Report of the Hyderabad Chloroform Commission
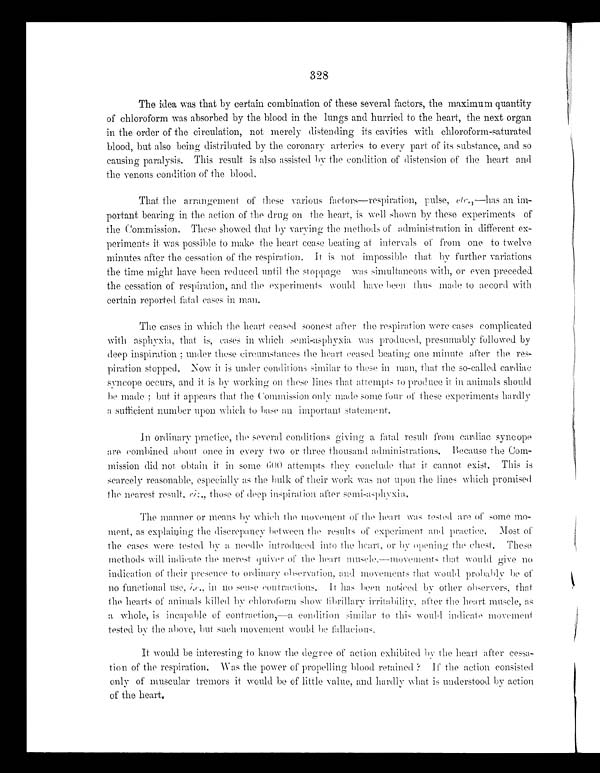
328
The idea was that by certain combination of these several factors, the maximum quantity
of chloroform was absorbed by the blood in the lungs and hurried to the heart, the next organ
in the order of the circulation, not merely distending its cavities with chloroform-saturated
blood, but also being distributed by the coronary arteries to every part of its substance, and so
causing paralysis. This result is also assisted by the condition of distension of the heart and
the venous condition of the blood.
That the arrangement of these various factors—respiration, pulse, etc.,—has an im--
portant bearing in the action of the drug on the heart, is well shown by these experiments of
the Commission. These showed that by varying the methods of administration in different ex-
- p e r i m e n t s i t w a s p o s s i b l e t o m a k e t h e h e a r t c e a s e b e a t i n g a t i n t e r v a l s o f f r o m o n e t o t w e l v e
minutes after the cessation of the respiration. It is not impossible that by further variations
the time might have been reduced until the stoppage was simultaneous with, or even preceded
the cessation of respiration, and the experiments would have been thus made to accord with
certain reported fatal eases in man.
The cases in which the heart ceased soonest after the respiration were cases complicated
with asphyxia, that is, cases in winch semi-asphyxia was produced, presumably followed by
deep inspiration; under these circumstances the heart ceased beating one minute alter the res-
piration stopped. Now it is under conditions similar to these in man, that the so-called cardiac
syncope occurs, and it is by working on these lines that attempts to produce it in animals should
be made; but it appears that the Commission only made some four of these experiments hardly
a sufficient number upon which to base all important statement,
In ordinary practice, the several conditions giving a fatal result from cardiac syncope
are combined about once in every two or three thousand administrations. Because the Com-
mission did not obtain it in some 600 attempts they conclude that it cannot exist. This is
scarcely reasonable, especially as the bulk of their work was not upon the lines which promised
the nearest result, riz., those of deep inspiration after semi-asphyxia.
The manner or means by which the movement of the heart was tested are of some mo-
ment, as explaining the discrepancy between the results of experiment and practice.
Most of
the cases were tested by needle introduced into the heart, or by opening the chest. These
methods will indicate the merest quiver of the heart muscle.—movements that would give no
indication of their presence to ordinary observation, and movements that would probably be of
no funetional use,
i . e . , i n n o s e n s e c o n t r a c t i o n s .
I t h a s b e e n n o t i c e d b y o t h e r o b s e r v e r s , t h a t
the hearts of animals killed by chloroform show fibrillary after the heart muscle, as
a whole, is incapable of contraction,—a condition similar to this would indicate movement
tested by the above, but such movement would be fallaciou
s,
It would be interesting to know the degree of action exhibited by the heart after cessa-
tion of the respiration. Was the power of propelling blood retained? If the action consisted
only of muscular tremors it would be of little value, and hardly what is understood by action
of the heart.